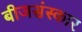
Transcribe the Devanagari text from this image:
बीजसंस्कार